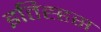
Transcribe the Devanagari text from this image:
इतिह्हस